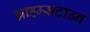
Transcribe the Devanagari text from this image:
ग्राह्म्सटाउन